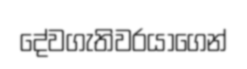
දේවගැතිවරයාගෙන්